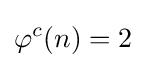
\displaystyle \varphi ^{c}(n)=2